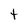
Character: t